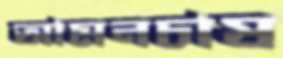
আমনচাষ